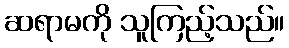
ဆရာမကို သူကြည့်သည်။